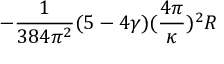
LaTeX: - \frac { 1 } { 3 8 4 \pi ^ { 2 } } ( 5 - 4 \gamma ) ( \frac { 4 \pi } { \kappa } ) ^ { 2 } R